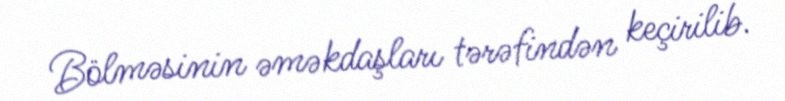
Bölməsinin əməkdaşları tərəfindən keçirilib.